Statistical return of the lunatic asylum in Assam - 1912-1932
Year: 1912
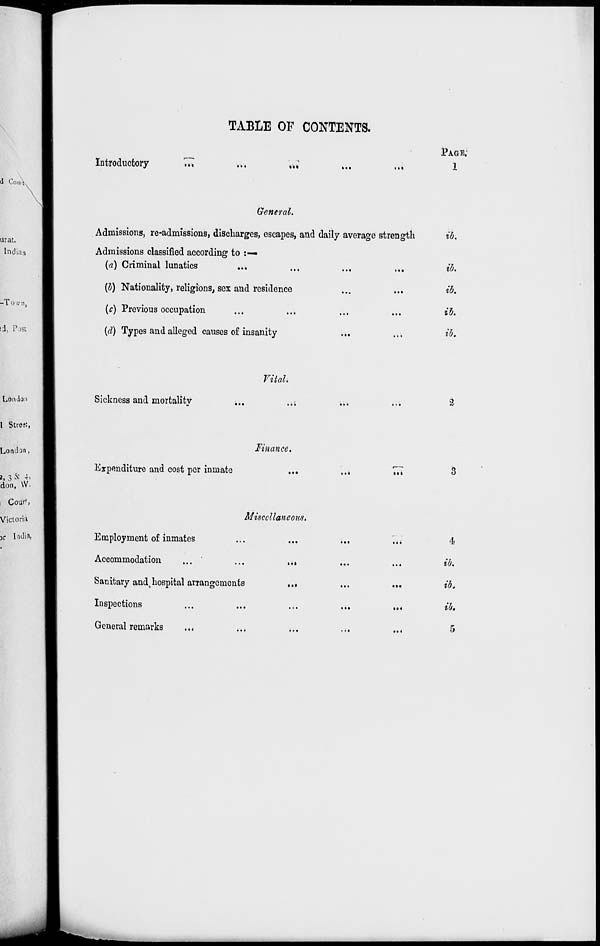
TABLE OF CONTENTS.
Introductory
...
PAGE;
1
General.
Admissions, re-admissions, discharges, escapes, and daily average strength
Admissions classified according to :—
(a) Criminal lunatics
(I) Nationality, religions, sex and residence
...
...
(c) Previous occupation
(d) Types and alleged causes of insanity
...
ib.
ib.
ib.
ib.
ib.
Vital.
Sickness and mortalitv
..;
a
Finance.
Expenditure and cost per inmate
. .1
t«»
3
Miscellaneous.
Employment of inmates
Accommodation
Sanitary and, hospital arrangements
Inspections
General remarks
• .»
...
IX
• •4
4
ib.
ib,
ib.